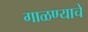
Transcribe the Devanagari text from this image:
गाळण्याचे